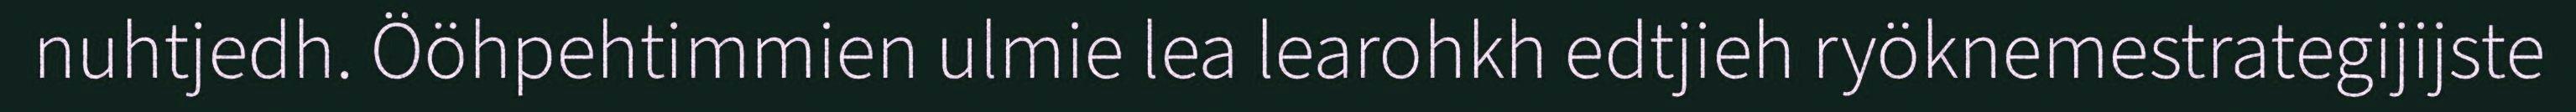
nuhtjedh. Ööhpehtimmien ulmie lea learohkh edtjieh ryöknemestrategijijste